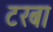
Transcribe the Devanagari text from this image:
टरबा